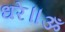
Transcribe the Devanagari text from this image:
धरे॥ॐ